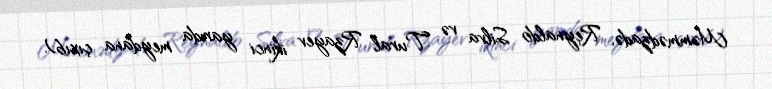
Məmmədzadə, Reynaldo Silva və Tural Rzayev ikinci yarıda meydana çıxıb).